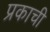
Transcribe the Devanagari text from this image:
प्रकाची